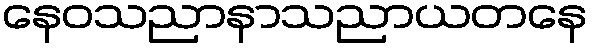
နေဝသညာနာသညာယတနေ